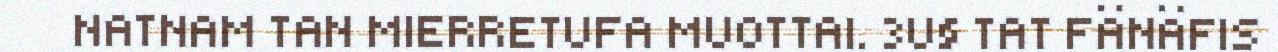
NATNAM TAN MIERRETUFA MUOTTAI. 3U§ TAT FÄNÄFIS